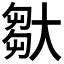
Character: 𡙦